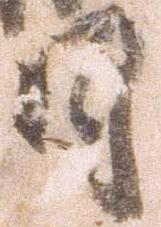
日